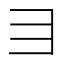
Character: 𬺹